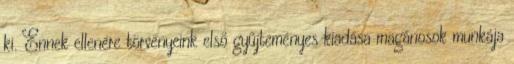
ki. Ennek ellenére törvényeink első gyűjteményes kiadása magánosok munkája